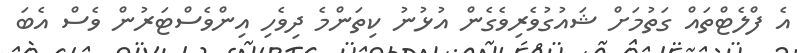
އެ ފްލެޓްތައް ގަތުމަށް ޝައުގުވެރިވެގެން އުޅުނު ކިތަންމެ ދިވެހި އިންވެސްޓަރުން ވެސް އެބަ